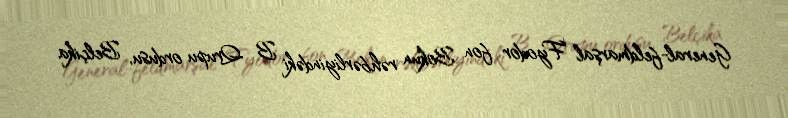
General-feldmarşal Fyodor fon Bokun rəhbərliyindəki B Qrupu ordusu, Belçika